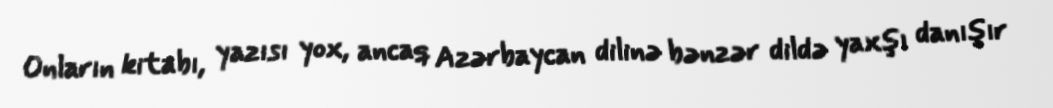
Onların kitabı, yazısı yox, ancaq Azərbaycan dilinə bənzər dildə yaxşı danışır